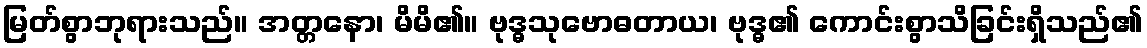
မြတ်စွာဘုရားသည်။ အတ္တနော၊ မိမိ၏။ ဗုဒ္ဓသုဗောဓတာယ၊ ဗုဒ္ဓ၏ ကောင်းစွာသိခြင်းရှိသည်၏